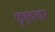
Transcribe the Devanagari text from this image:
छुड़वाकर